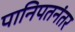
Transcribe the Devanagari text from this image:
पानिपतनंतर